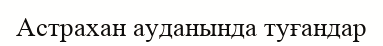
Астрахан ауданында туғандар